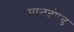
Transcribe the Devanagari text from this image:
मानदंण्ड